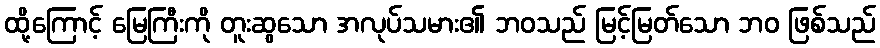
ထို့ကြောင့် မြေကြီးကို တူးဆွသော အလုပ်သမား၏ ဘဝသည် မြင့်မြတ်သော ဘဝ ဖြစ်သည်